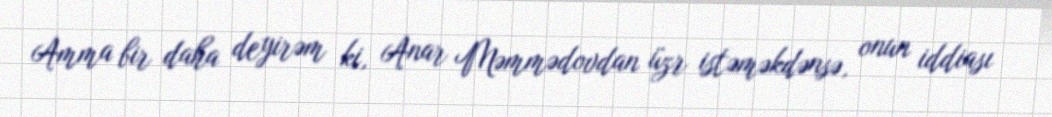
Amma bir daha deyirəm ki, Anar Məmmədovdan üzr istəməkdənsə, onun iddiası